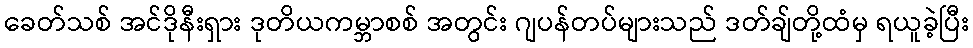
ခေတ်သစ် အင်ဒိုနီးရှား ဒုတိယကမ္ဘာစစ် အတွင်း ဂျပန်တပ်များသည် ဒတ်ချ်တို့ထံမှ ရယူခဲ့ပြီး